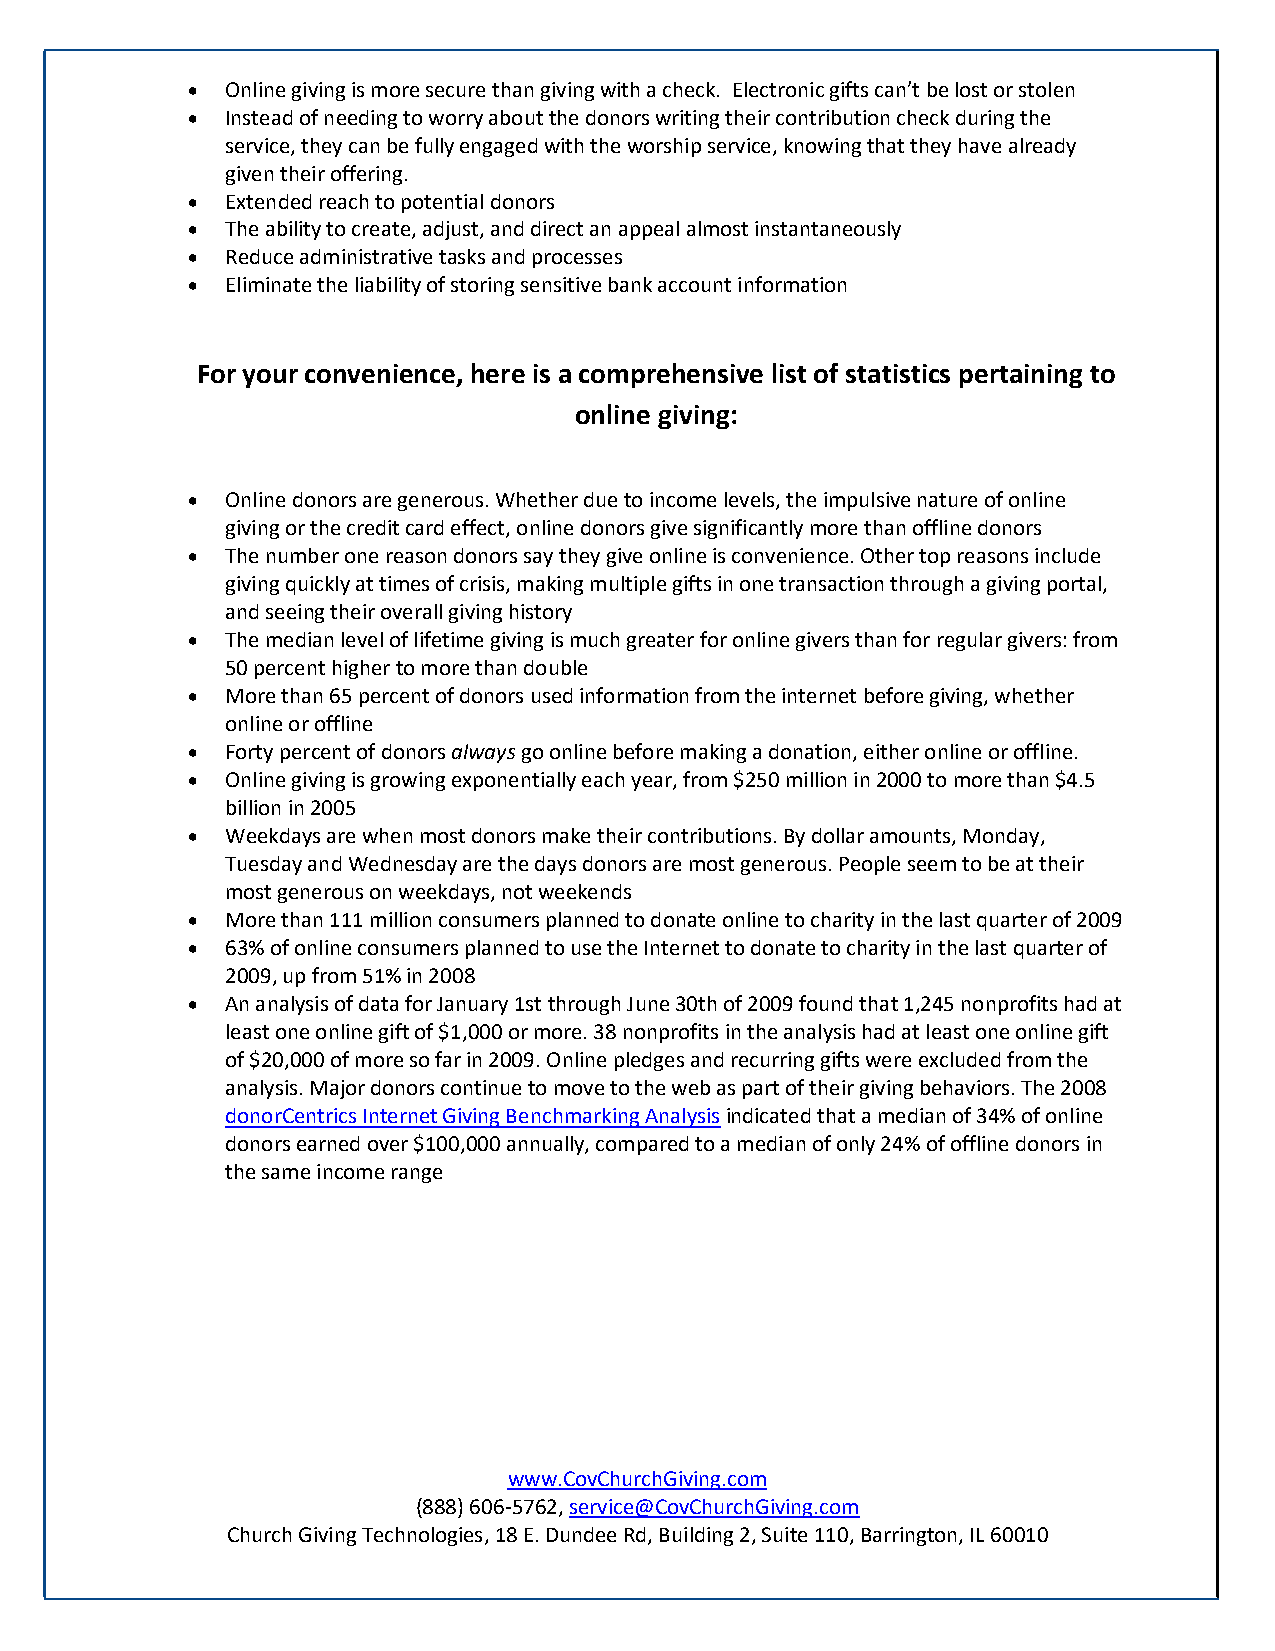
  Online giving is more secure than giving with a check. Electronic gifts can’t be lost or stolen
   Instead of needing to worry about the donors writing their contribution check during the
 service, they can be fully engaged with the worship service, knowing that they have already
 given their offering.
   Extended reach to potential donors
   The ability to create, adjust, and direct an appeal almost instantaneously
   Reduce administrative tasks and processes
   Eliminate the liability of storing sensitive bank account information
 For your convenience, here is a comprehensive list of statistics pertaining to
 online giving:
   Online donors are generous. Whether due to income levels, the impulsive nature of online
 giving or the credit card effect, online donors give significantly more than offline donors
   The number one reason donors say they give online is convenience. Other top reasons include
 giving quickly at times of crisis, making multiple gifts in one transaction through a giving portal,
 and seeing their overall giving history
   The median level of lifetime giving is much greater for online givers than for regular givers: from
 50 percent higher to more than double
   More than 65 percent of donors used information from the internet before giving, whether
 online or offline
   Forty percent of donors always go online before making a donation, either online or offline.
   Online giving is growing exponentially each year, from $250 million in 2000 to more than $4.5
 billion in 2005
   Weekdays are when most donors make their contributions. By dollar amounts, Monday,
 Tuesday and Wednesday are the days donors are most generous. People seem to be at their
 most generous on weekdays, not weekends
   More than 111 million consumers planned to donate online to charity in the last quarter of 2009
   63% of online consumers planned to use the Internet to donate to charity in the last quarter of
 2009, up from 51% in 2008
   An analysis of data for January 1st through June 30th of 2009 found that 1,245 nonprofits had at
 least one online gift of $1,000 or more. 38 nonprofits in the analysis had at least one online gift
 of $20,000 of more so far in 2009. Online pledges and recurring gifts were excluded from the
 analysis. Major donors continue to move to the web as part of their giving behaviors. The 2008
 donorCentrics Internet Giving Benchmarking Analysis indicated that a median of 34% of online
 donors earned over $100,000 annually, compared to a median of only 24% of offline donors in
 the same income range
 www.CovChurchGiving.com
 (888) 606-5762, service@CovChurchGiving.com
 Church Giving Technologies, 18 E. Dundee Rd, Building 2, Suite 110, Barrington, IL 60010